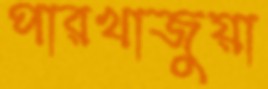
পারখাজুয়া